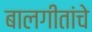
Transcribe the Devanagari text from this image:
बालगीतांचे